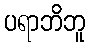
ပရာဘိဘူ